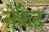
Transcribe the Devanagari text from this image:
नेफ्रैट